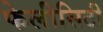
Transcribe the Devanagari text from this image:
फेलीसिटी